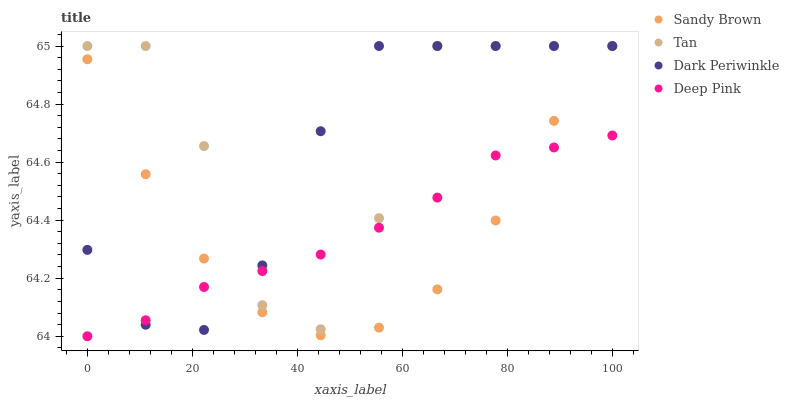
| xaxis_label | Sandy Brown | Tan | Dark Periwinkle | Deep Pink |
 | --- | --- | --- | --- | --- |
 | 0 | 65 | 65 | 64.3 | 64 |
 | 11.1 | 64.6 | 65 | 64 | 64.1 |
 | 22.2 | 64.3 | 64.7 | 64 | 64.2 |
 | 33.3 | 64.1 | 64.1 | 64.2 | 64.2 |
 | 44.4 | 64 | 64 | 64.7 | 64.3 |
 | 55.6 | 64 | 64.4 | 65 | 64.4 |
 | 66.7 | 64.2 | 65 | 65 | 64.5 |
 | 77.8 | 64.4 | 65 | 65 | 64.6 |
 | 88.9 | 64.7 | 65 | 65 | 64.7 |
 | 100 | 65 | 65 | 65 | 64.7 |